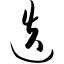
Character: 迭